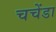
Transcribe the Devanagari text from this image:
चचेंडा